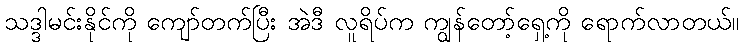
သဒ္ဒါမင်းနိုင်ကို ကျော်တက်ပြီး အဲဒီ လူရိပ်က ကျွန်တော့်ရှေ့ကို ရောက်လာတယ်။